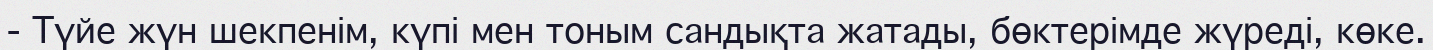
- Түйе жүн шекпенім, күпі мен тоным сандықта жатады, бөктерімде жүреді, көке.